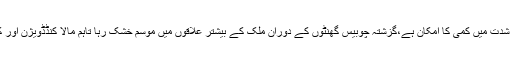
محکمہ موسمیات کے مطابق آئندہ چند روز میں سردی کی شدت میں کمی کا امکان ہے،گزشتہ چوبیس گھنٹوں کے دوران ملک کے بیشتر علاقوں میں موسم خشک رہا تاہم مالا کنڈڈویژن اور کشمیر میں ایک دو مقامات پر ہلکی بارش ریکارڈ کی گئی۔